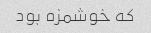
که خوشمزه بود